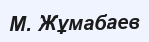
М. Жұмабаев